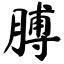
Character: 膊